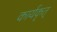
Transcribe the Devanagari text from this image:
कार्यकृत्